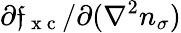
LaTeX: \partial\mathfrak{f}_{\mathrm{{~x~c~}}}/\partial(\nabla^{2}n_{\sigma})